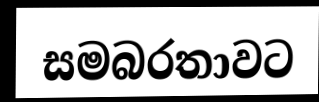
සමබරතාවට